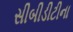
સીબીડીટીના